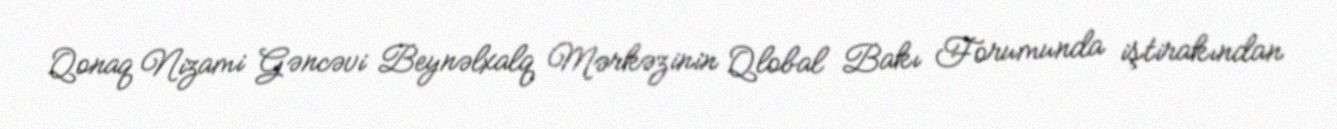
Qonaq Nizami Gəncəvi Beynəlxalq Mərkəzinin Qlobal Bakı Forumunda iştirakından